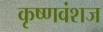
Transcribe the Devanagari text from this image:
कृष्‍णवंशज